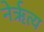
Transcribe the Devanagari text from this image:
नेर्ऋत्य